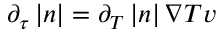
\partial _ { \tau } \left| \boldsymbol { n } \right| = \partial _ { T } \left| \boldsymbol { n } \right| \nabla T v